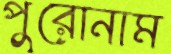
পুরোনাম